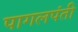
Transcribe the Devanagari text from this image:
पागलपंती